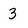
Character: 3